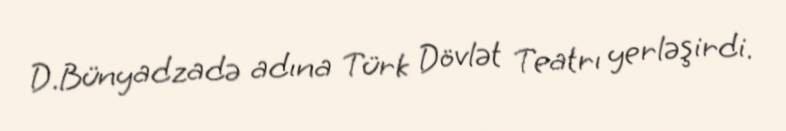
D.Bünyadzadə adına Türk Dövlət Teatrı yerləşirdi.